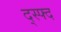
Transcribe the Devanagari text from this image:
द्स्फ्द